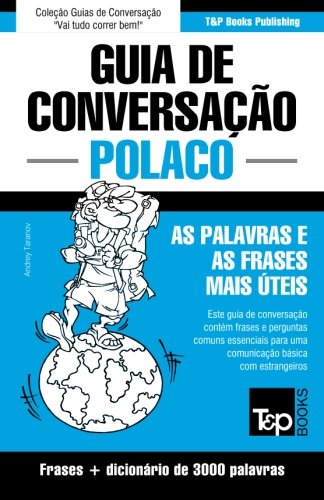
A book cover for Guia de ConversaÃ§Ã£o PortuguÃªs-Polaco e vocabulÃ¡rio temÃ¡tico 3000 palavras (Polish Edition); Andrey Taranov; Travel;